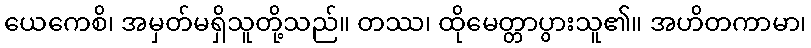
ယေကေစိ၊ အမှတ်မရှိသူတို့သည်။ တဿ၊ ထိုမေတ္တာပွားသူ၏။ အဟိတကာမာ၊